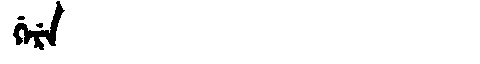
Manchu: ᡤᡝᡵᡝ
Romanization: GERE